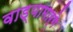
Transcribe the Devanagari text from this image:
वाड्यामार्गे